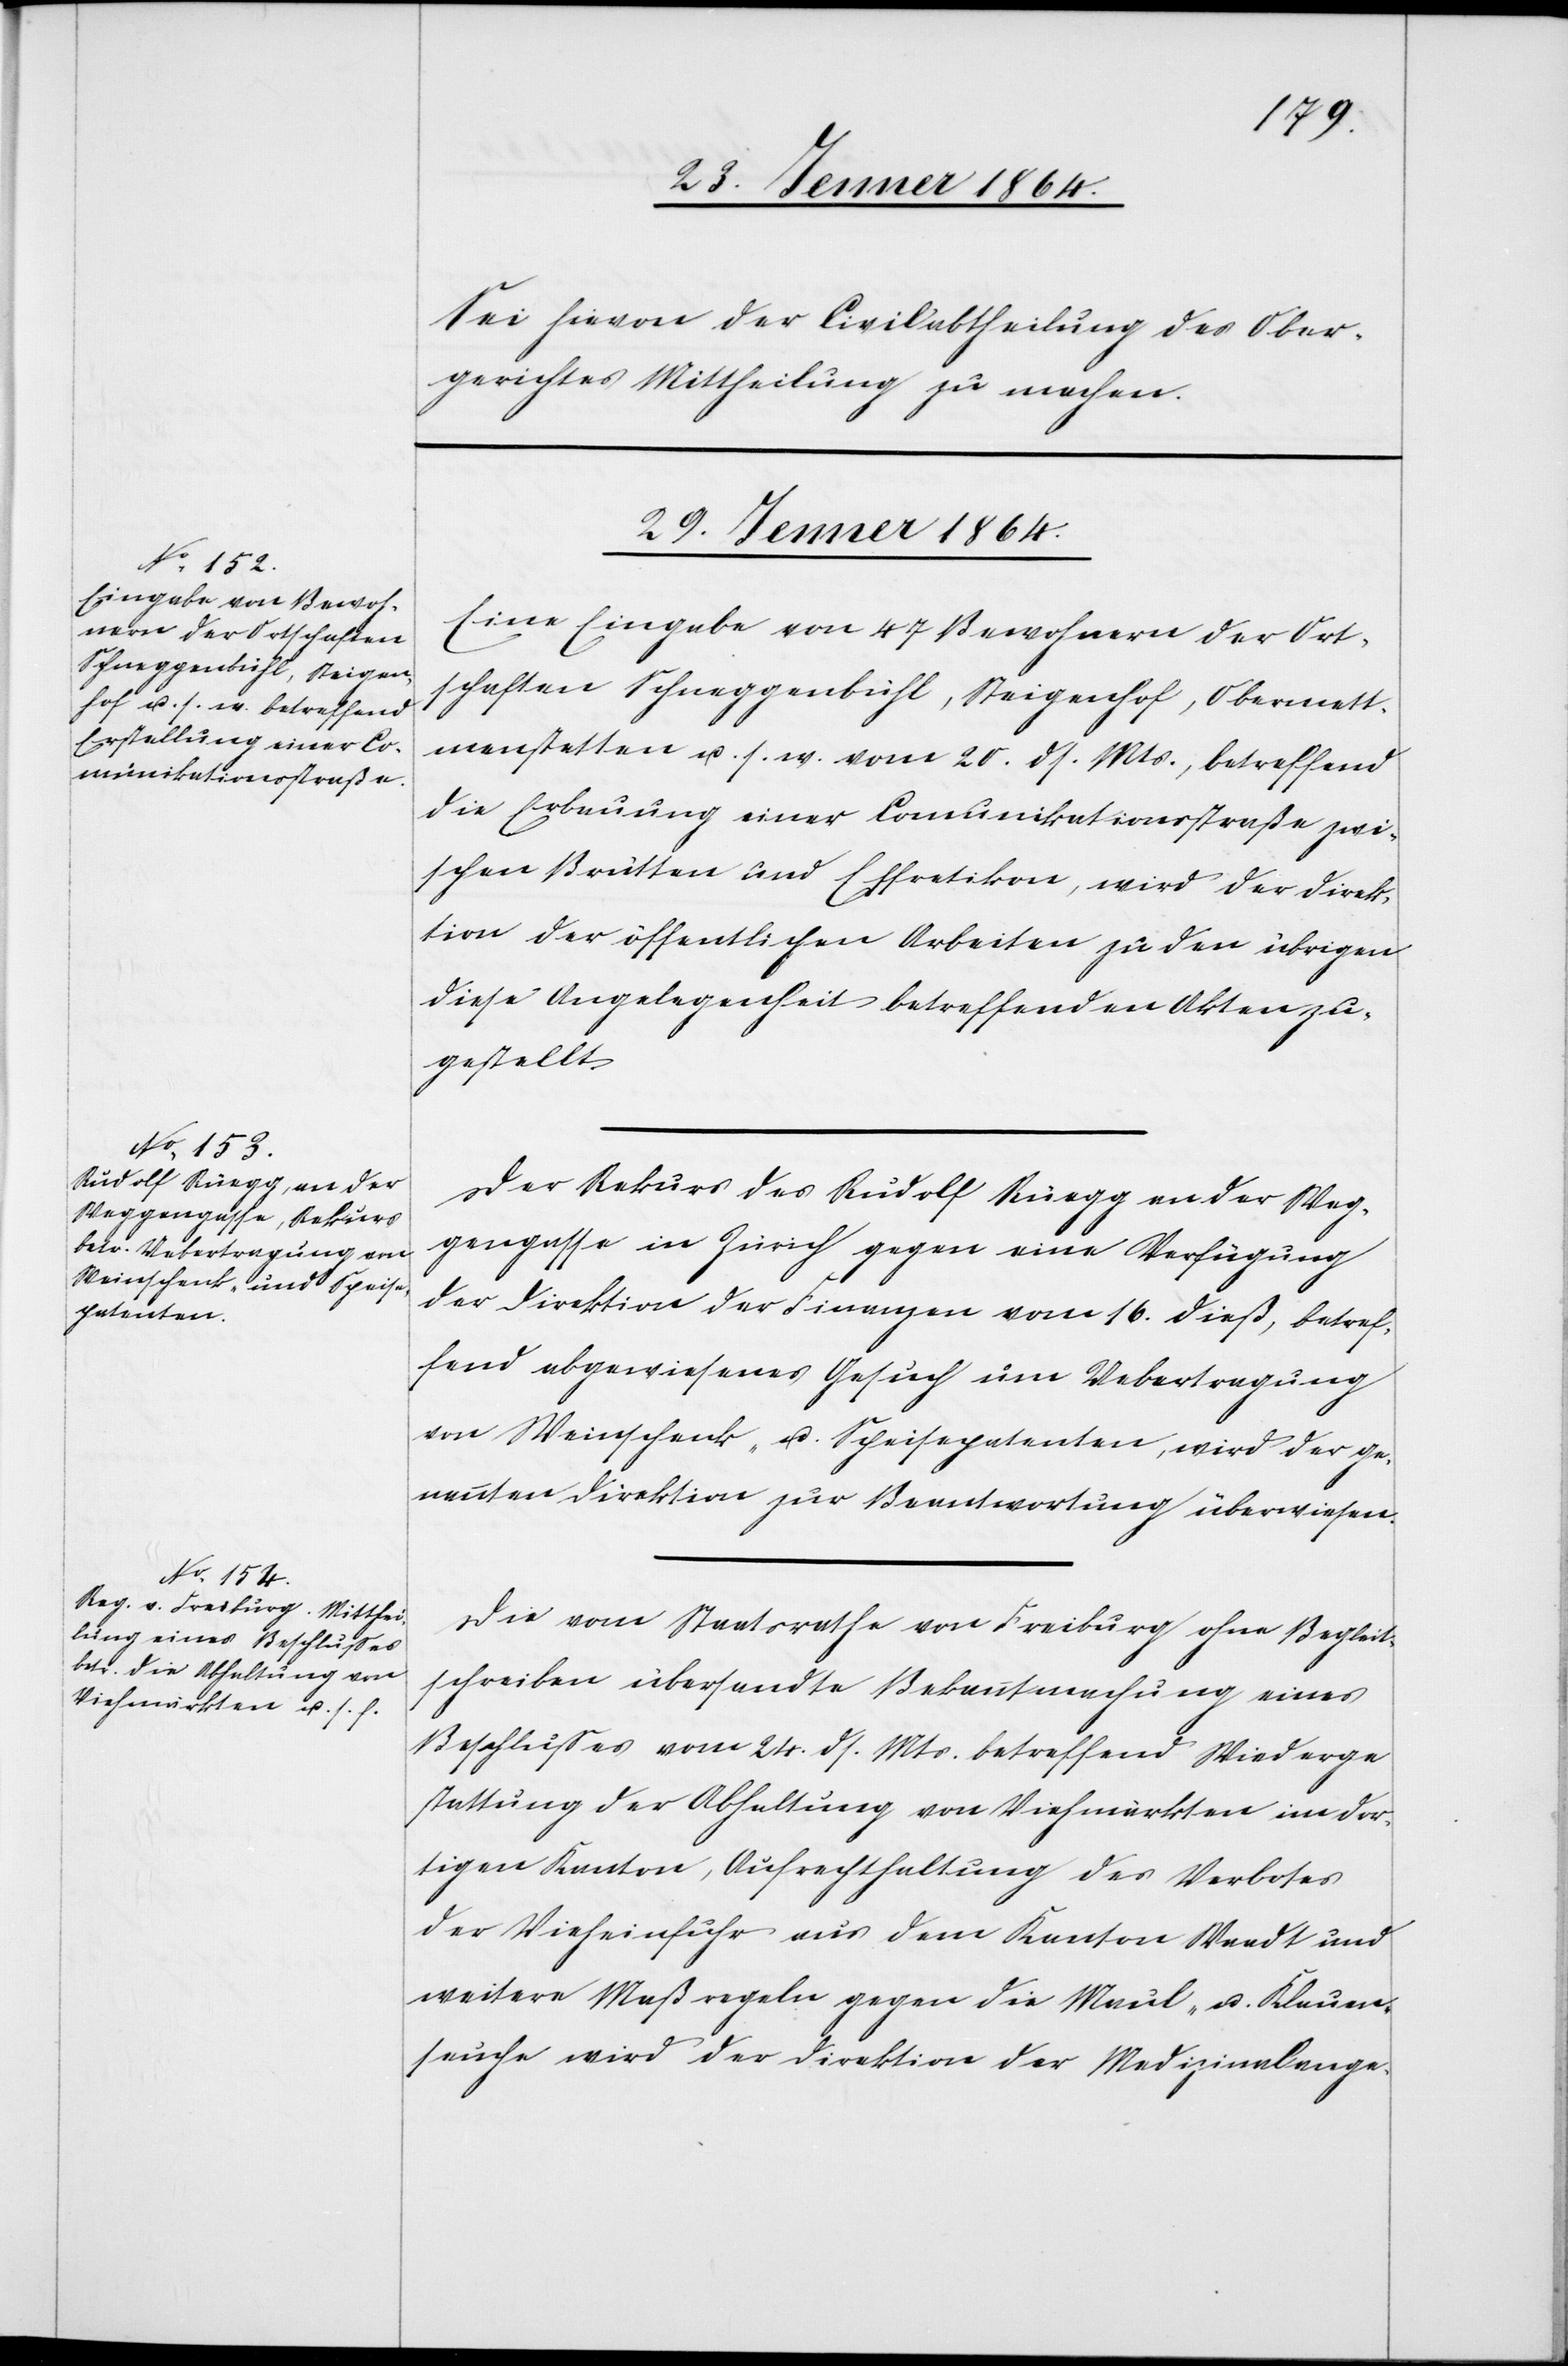
vom 20. ds. Mts., betreffend

Sei hievon der Civilabtheilung des Ober¬
gerichtes Mittheilung zu machen.
29. Jenner 1864.]
Eine Eingabe von 47 Bewohnern der Ort¬
schaften Schneggenbühl, Steigenhof u. s.
die Erbauung einer Comunikationsstraße zwi¬
schen Brütten und Effretikon, wird der Direk¬
tion der öffentlichen Arbeiten zu den übrigen
diese Angelegenheit betreffenden Akten zu¬
gestellt.
Der Rekurs des Rudolf Rüegg an der Weg¬
gengasse in Zürich gegen eine Verfügung
der Direktion der Finanzen vom 16. dieß, betref¬
fend abgewiesenes Gesuch um Uebertragung
von Weinschenk- u. Speisepatenten, wird der ge¬
nannten Direktion zur Beantwortung überwiesen.
Die vom Staatsrathe von Freiburg ohne Begleit¬
schreiben übersandte Bekanntmachung eines
Beschlusses vom 24. ds. Mts. betreffend Wiederge¬
stattung der Abhaltung von Viehmärkten im dor¬
tigen Kanton, Aufrechthaltung des Verbotes
der Vieheinfuhr aus dem Kanton Waadt und
weitere Maßregeln gegen die Maul- u. Klauen¬
seuche wird der Direktion der Medizinalange-